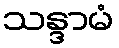
သန္ဒာမံ